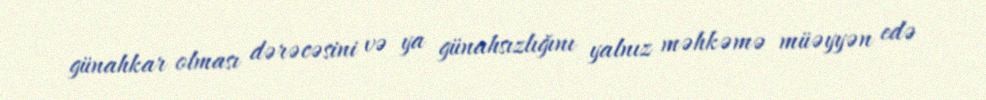
günahkar olması dərəcəsini və ya günahsızlığını yalnız məhkəmə müəyyən edə